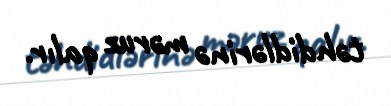
təhdidlərinə məruz qalır.